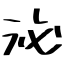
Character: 泌